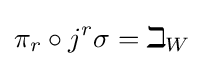
\pi _{r}\circ j^{r}\sigma =\mathbb {id} _{W}